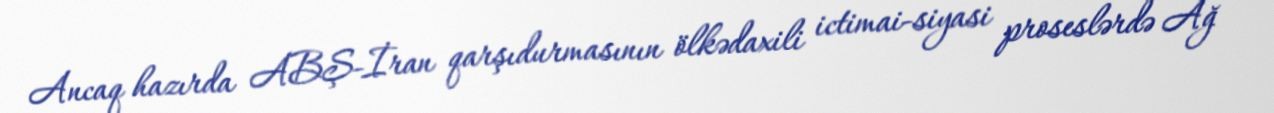
Ancaq hazırda ABŞ-İran qarşıdurmasının ölkədaxili ictimai-siyasi proseslərdə Ağ